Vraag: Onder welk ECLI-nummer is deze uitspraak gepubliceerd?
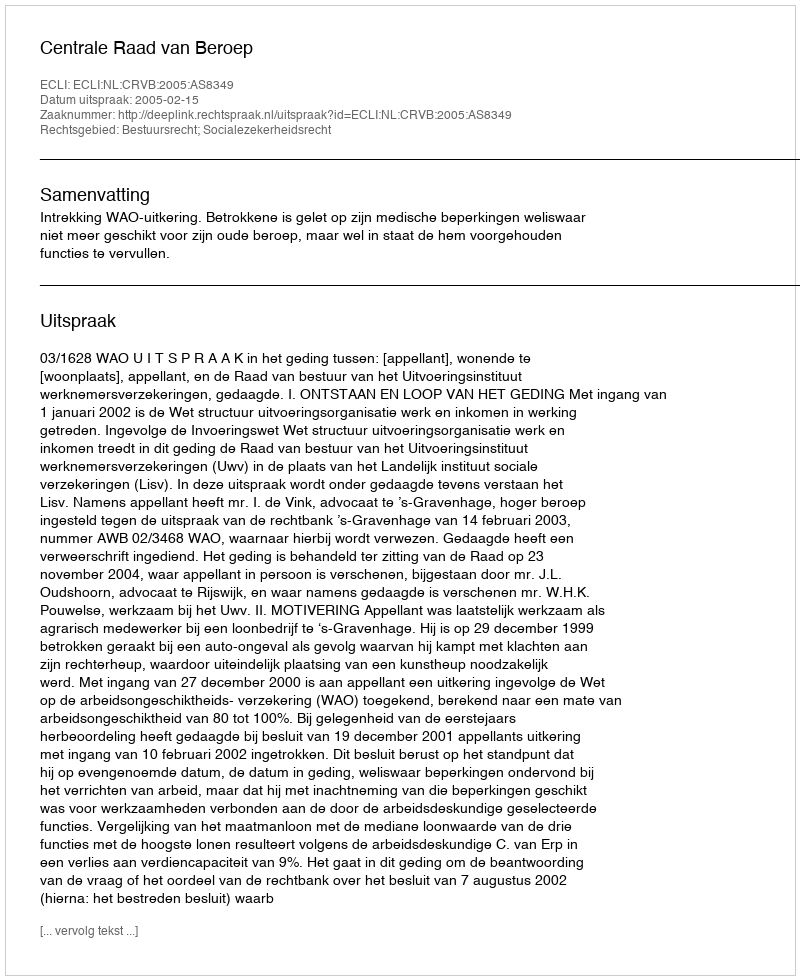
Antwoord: ECLI:NL:CRVB:2005:AS8349